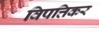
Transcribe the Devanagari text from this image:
विपत्तिकर